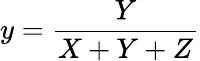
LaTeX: y={\frac{Y}{X+Y+Z}}